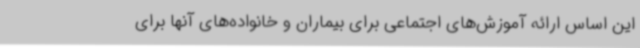
این اساس ارائه آموزش‌های اجتماعی برای بیماران و خانواده‌های آنها برای